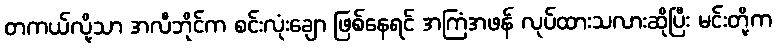
တကယ်လို့သာ အလီဘိုင်က စင်းလုံးချော ဖြစ်နေရင် အကြံအဖန် လုပ်ထားသလားဆိုပြီး မင်းတို့က